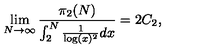
\lim _ { N \rightarrow \infty } \frac { \pi _ { 2 } ( N ) } { \int _ { 2 } ^ { N } \frac { 1 } { \log ( x ) ^ { 2 } } d x } = 2 C _ { 2 } ,